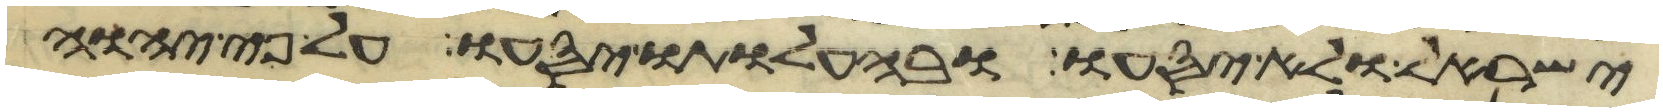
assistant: ישראל ולא יסעו ובהעלותו יסעו על פי יהוה